Code of medical and sanitary regulations for the guidance of medical officers serving in the Madras Presidency - Volume II
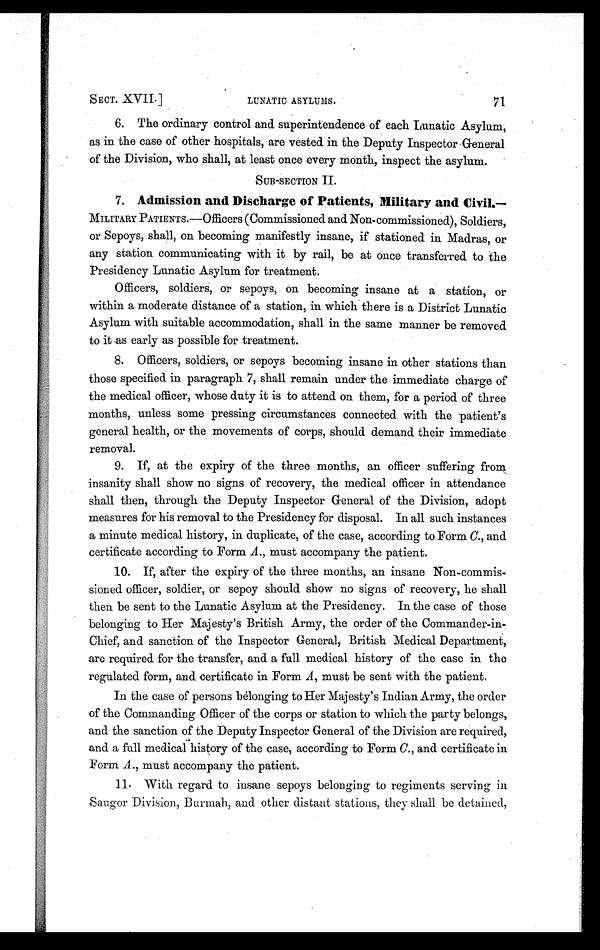
SECT. XVII.]
LUNATIC ASYLUMS.
71
6. The ordinary control and superintendence of each Lunatic Asylum;
as in the case of other hospitals, are vested in the Deputy Inspector General
of the Division, who shall, at least once every month, inspect the asylum.
SUB-SECTION II.
7 .
A d m i s s i o n a n d D i s c h a r g e o f P a t i e n t s , M i l i t a r y a n d C i v i l
. —
MILITARY PATIENTS.—Officers (Commissioned and Non-commissioned), Soldiers,
or Sepoys, shall, on becoming manifestly insane, if stationed in Madras, or
any station communicating with it by rail, be at once transferred to the
Presidency Lunatic Asylum for treatment.
Officers, soldiers, or sepoys, on becoming insane at a station, or
within a moderate distance of a station, in which there is a District Lunatic
Asylum with suitable accommodation, shall in the same manner be removed
to it as early as possible for treatment.
8. Officers, soldiers, or sepoys becoming insane in other stations than
those specified in paragraph 7, shall remain under the immediate charge of
the medical officer, whose duty it is to attend on them, for a period of three
months, unless some pressing circumstances connected with the patient's
general health, or the movements of corps, should demand their immediate
removal.
9. If, at the expiry of the three months, an officer suffering from
insanity shall show no signs of recovery, the medical officer in attendance
shall then, through the Deputy Inspector General of the Division, adopt
measures for his removal to the Presidency for disposal. In all such instances
a minute medical history, in duplicate, of the case, according to Form C., and
certificate according to Form A ., must accompany the patient.
10. If, after the expiry of the three months, an insane Non-commis-
sioned officer, soldier, or sepoy should show no signs of recovery, he shall
then be sent to the Lunatic Asylum at the Presidency. In the case of those
belonging to Her Majesty's British Army, the order of the Commander-in
-Chief, and sanction of the Inspector General, British Medical Department,
are required for the transfer, and a full medical history of the case in the
regulated form, and certificate in Form A , must be sent with the patient.
In the case of persons belonging to Her Majesty's Indian Army, the order
of the Commanding Officer of the corps or station to which the party belongs,
and the sanction of the Deputy Inspector General of the Division are required,
and a full medical history of the case, according to Form C., and certificate in
Form A ., must accompany the patient.
11. With regard to insane sepoys belonging to regiments serving in
Saugor Division, Burmah, and other distant stations, they shall be detained,